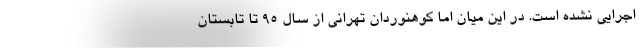
اجرایی نشده است. در این میان اما کوهنوردان تهرانی از سال 95 تا تابستان